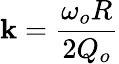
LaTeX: \mathbf{k}={\frac{{\omega_{o}R}}{{2Q_{o}}}}